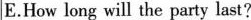
E.How long will the party last?